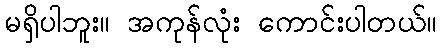
မရှိပါဘူး။ အကုန်လုံး ကောင်းပါတယ်။